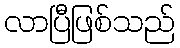
လာပြီဖြစ်သည်